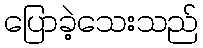
ပြောခဲ့သေးသည်